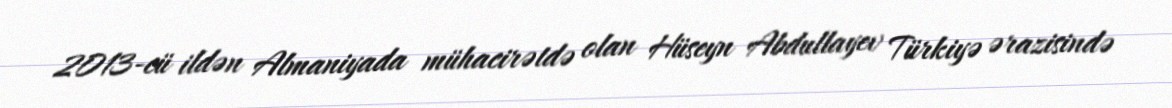
2013-cü ildən Almaniyada mühacirətdə olan Hüseyn Abdullayev Türkiyə ərazisində